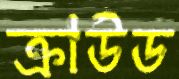
ক্রাউড